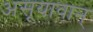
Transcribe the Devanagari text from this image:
असूयावान्